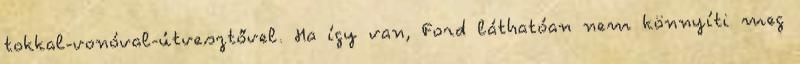
tokkal-vonóval-útvesztővel. Ha így van, Ford láthatóan nem könnyíti meg